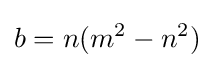
b=n(m^{2}-n^{2})